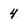
Character: 4